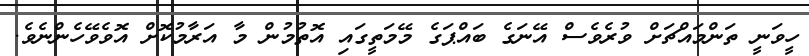
ހީވަނީ ތަންމައްޗަށް ވުރެވެސް އޭނަގެ ބައްޕަގެ މޭމަތީގައި އޮތުމުން މާ އަރާމުކޮށް އޮވެވޭހެންނެވެ.